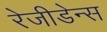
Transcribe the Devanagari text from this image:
रेजीडेन्स